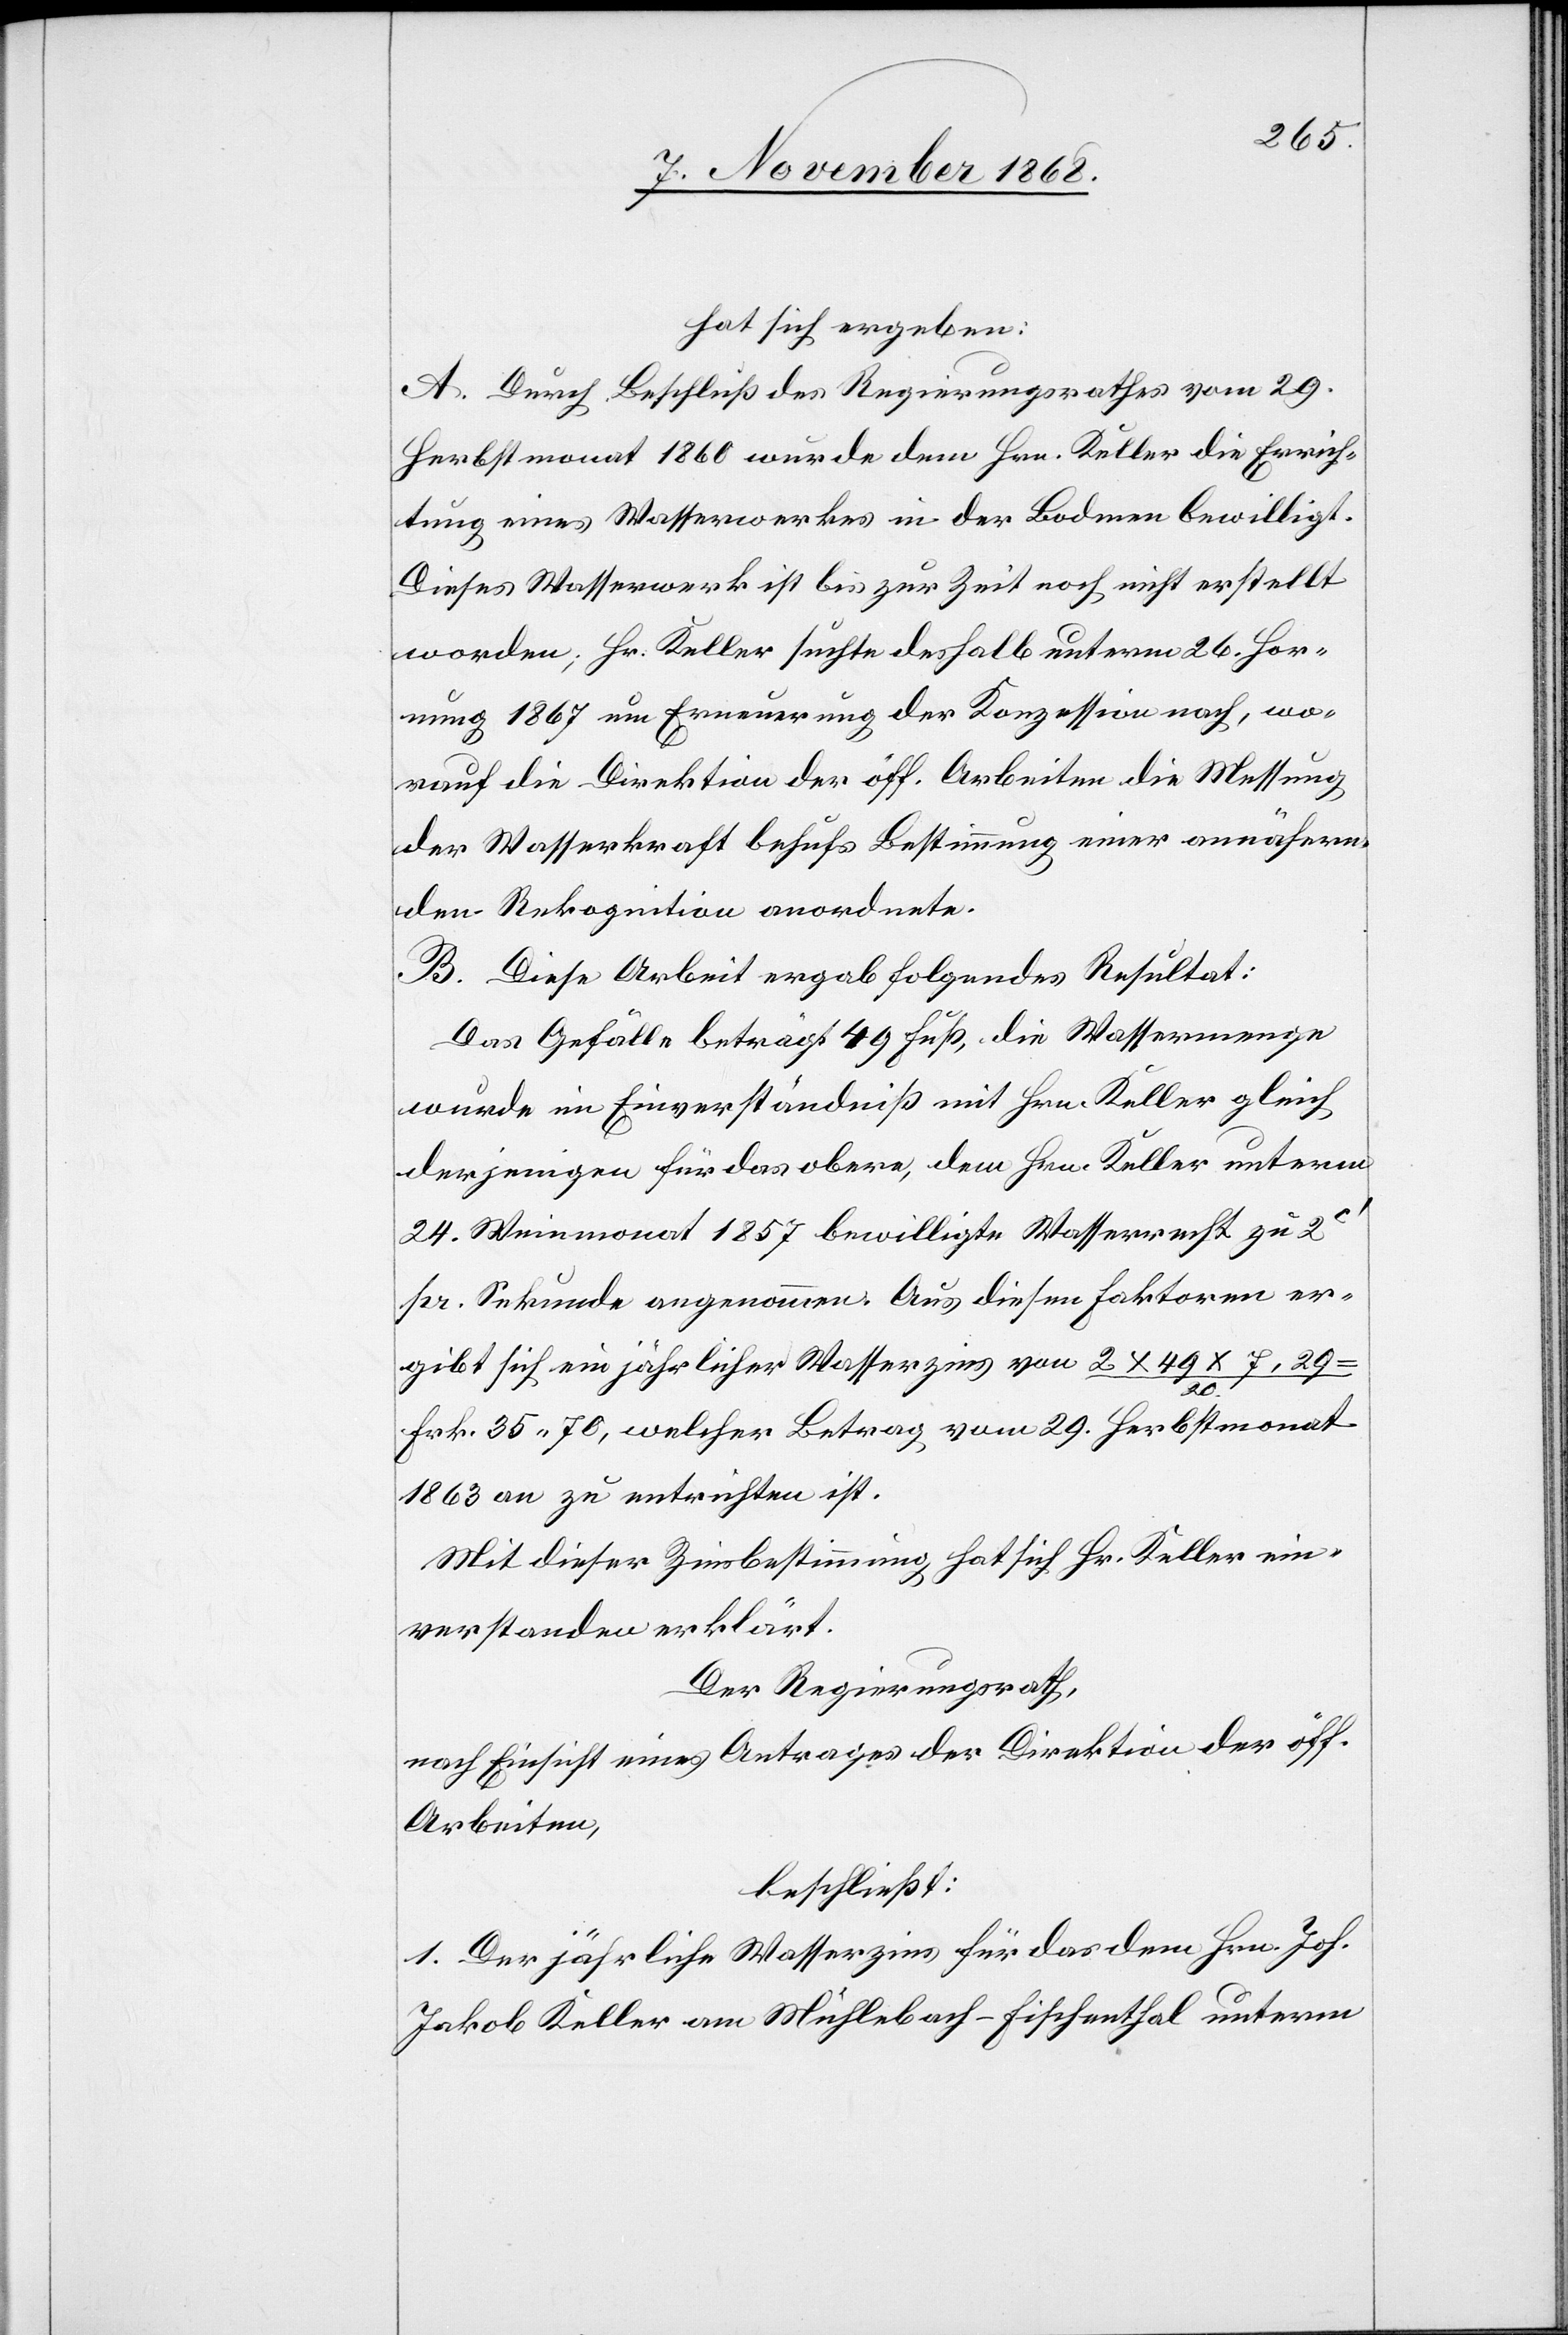
hat sich ergeben:
A. Durch Beschluß des Regierungsrathes vom 29.
Herbstmonat 1860 wurde dem Hrn. Keller die Errich¬
tung eines Wasserwerkes in der Bodmen bewilligt.
Dieses Wasserwerk ist bis zur Zeit noch nicht erstellt
worden; Hr. Keller suchte deshalb unterm 26. Hor¬
nung 1867 um Erneuerung der Konzession nach, wo¬
rauf die Direktion der öff. Arbeiten die Messung
der Wasserkraft behufs Bestimmung einer annähern¬
den Rekognition anordnete.
B. Diese Arbeit ergab folgendes Resultat:
Das Gefälle beträgt 49 Fuß, die Wassermenge
wurde im Einverständniß mit Hrn. Keller gleich
derjenigen für das obere, dem Hrn. Keller unterm
24. Weinmonat 1857 bewilligte Wasserrecht zu 2c‘
pr. Sekunde angenommen. Aus diesen Faktoren er¬
gibt sich ein jährlicher Wasserzins von 2 x 49 x 7,29
Frk. 35.70, welcher Betrag vom 29. Herbstmonat
1863 an zu entrichten ist.
Mit dieser Zinsbestimmung hat sich Hr. Keller ein¬
verstanden erklärt.
Der Regierungsrath,
nach Einsicht eines Antrages der Direktion der öff.
Arbeiten,
beschließt:
1. Der jährliche Wasserzins für das dem Hrn. Joh.
Jakob Keller am Mühlebach - Fischenthal unterm